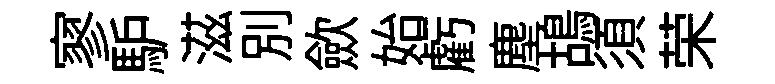
寥馿滋別歛始虧塵鴣須荣